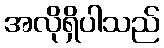
အလိုရှိပါသည်